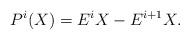
LaTeX: \begin{align*}P^{i}(X)=E^{i}X-E^{i+1}X. \end{align*}